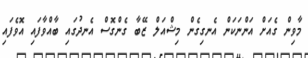
މާވިން ގެއަށް އަންނަކަން އެނގިގެން މިޝްއަލް ޒޭބާ ގެންގޮސް އެނދުގައި ބާއްވާފައި އޮވެފައި